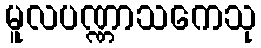
မူလပဏ္ဏာသကေသု